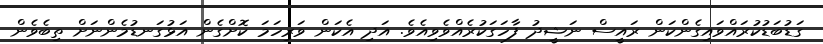
ގަޑުބަޑުކުރައްވައިގެންކަން ރައީސް ނަޝީދު ފާހަގަކުރެއްވެވިއެވެ. އަދި އެކަން ވަރިހަމަ ކޮށްގެން އަޅުގަނޑުމެންނަށް ތިބެވެން